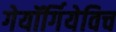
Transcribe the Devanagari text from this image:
गेयॉर्गियेविच